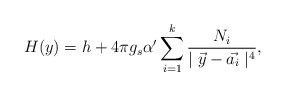
\begin{align*}H(y)=h+4 \pi g_s \alpha^\prime \sum_{i=1}^k \frac{N_i} {\mid\vec{y}-\vec{a_i}\mid^4},\end{align*}